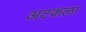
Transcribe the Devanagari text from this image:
अटकला